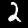
Digit: 2